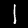
Label: 1